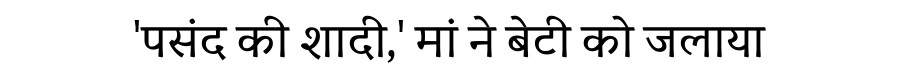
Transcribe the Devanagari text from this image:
'पसंद की शादी,' मां ने बेटी को जलाया